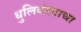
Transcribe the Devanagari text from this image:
धुलिवंदनाचा